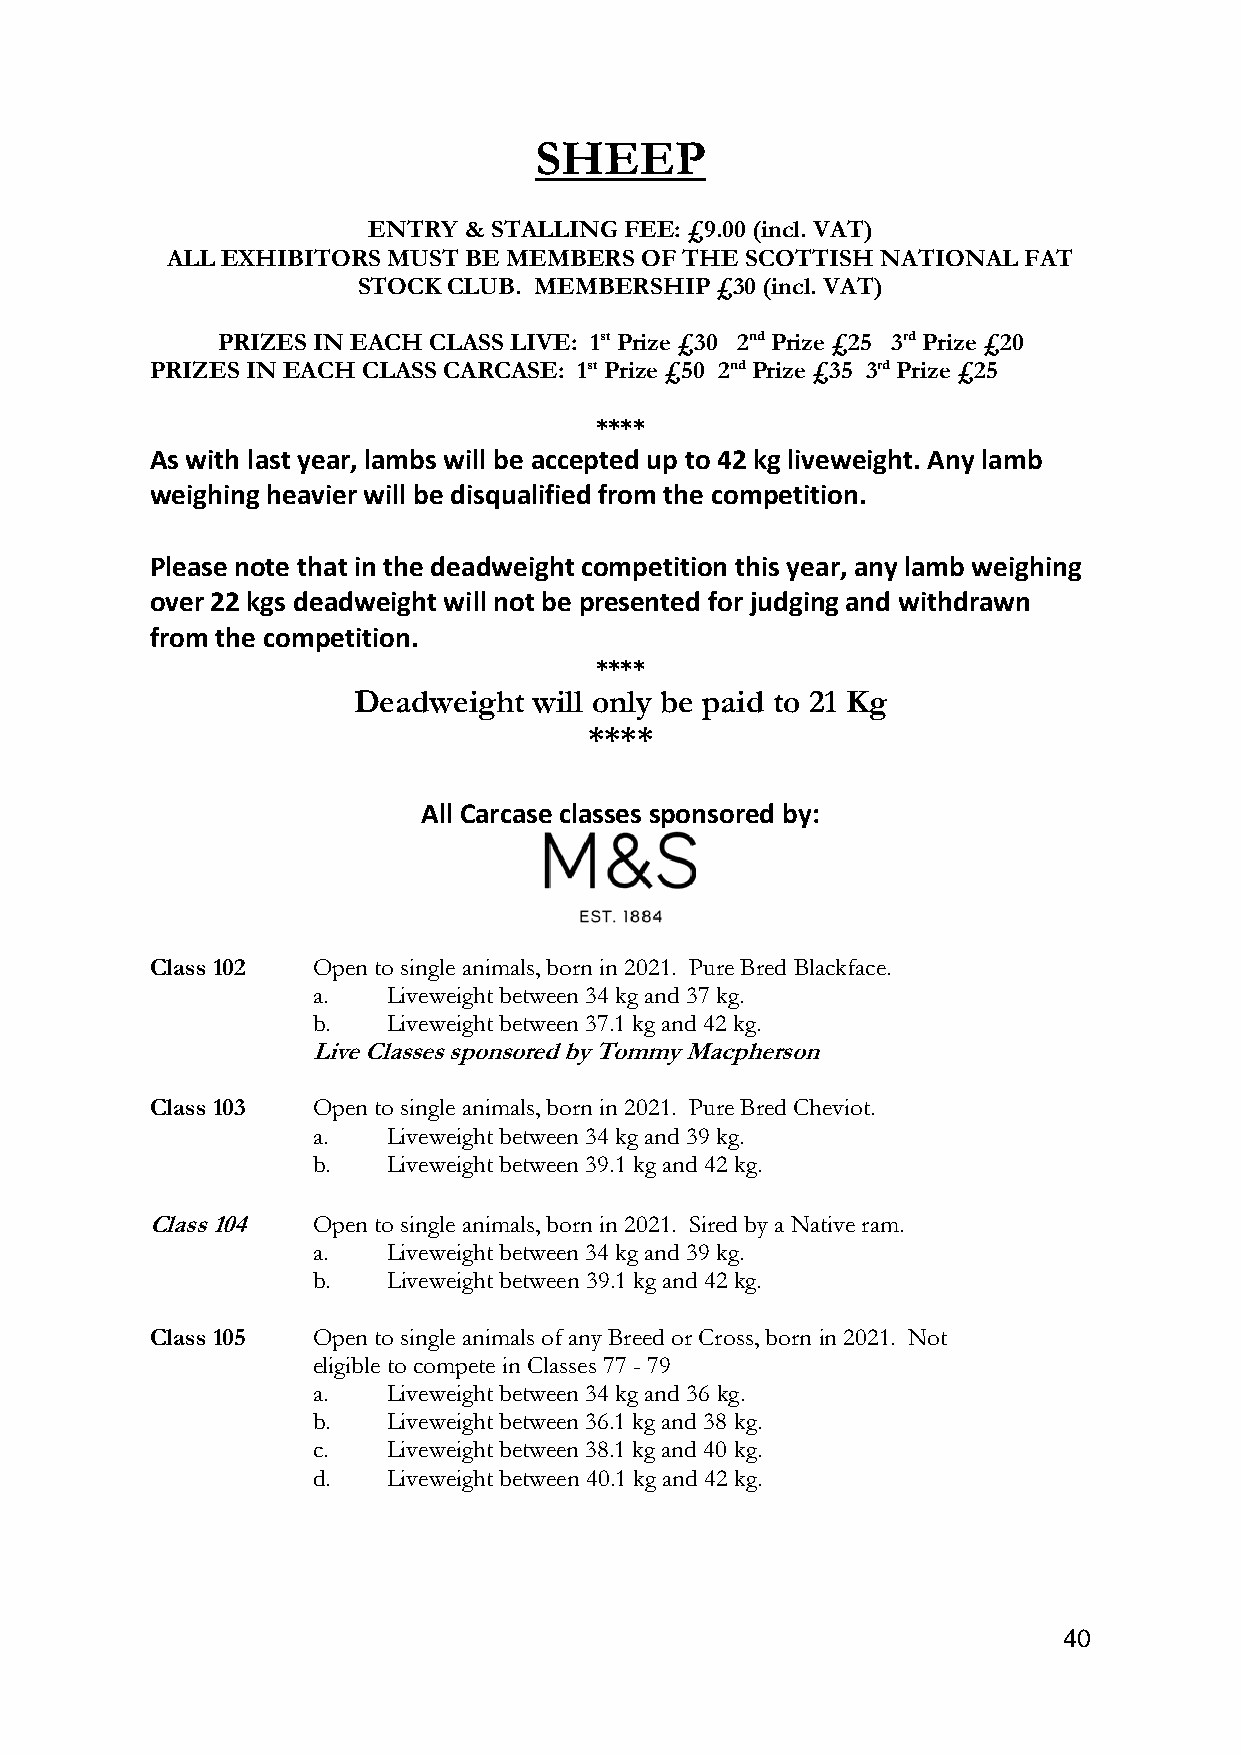
SHEEP
 ENTRY  & STALLING FEE: £9.00 (incl. VAT)
 ALL EXHIBITORS MUST BE MEMBERS OF THE SCOTTISH NATIONAL  FAT
 STOCK CLUB. MEMBERSHIP £30 (incl. VAT)
 PRIZES IN EACH CLASS LIVE: 1st Prize £30 2nd Prize £25 3rd Prize £20
 PRIZES IN EACH CLASS CARCASE: 1st Prize £50 2nd Prize £35 3rd Prize £25
 ****
 As with last year, lambs will be accepted up to 42 kg liveweight. Any lamb
 weighing heavier will be disqualified from the competition.
 Please note that in the deadweight competition this year, any lamb weighing
 over 22 kgs deadweight will not be presented for judging and withdrawn
 from the competition.
 ****
 Deadweight  will only be paid to 21 Kg
 ****
 All Carcase classes sponsored by:
 Class 102  Open to single animals, born in 2021. Pure Bred Blackface.
 a.   Liveweight between 34 kg and 37 kg.
 b.   Liveweight between 37.1 kg and 42 kg.
 Live Classes sponsored by Tommy Macpherson
 Class 103  Open to single animals, born in 2021. Pure Bred Cheviot.
 a.   Liveweight between 34 kg and 39 kg.
 b.   Liveweight between 39.1 kg and 42 kg.
 Class 104  Open to single animals, born in 2021. Sired by a Native ram.
 a.   Liveweight between 34 kg and 39 kg.
 b.   Liveweight between 39.1 kg and 42 kg.
 Class 105  Open to single animals of any Breed or Cross, born in 2021. Not
 eligible to compete in Classes 77 - 79
 a.   Liveweight between 34 kg and 36 kg.
 b.   Liveweight between 36.1 kg and 38 kg.
 c.   Liveweight between 38.1 kg and 40 kg.
 d.   Liveweight between 40.1 kg and 42 kg.
 40